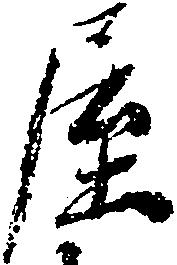
屋